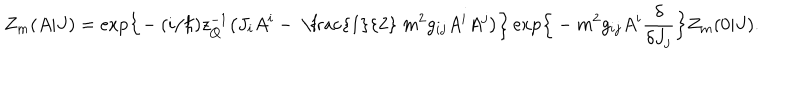
Z _ { m } ( A | J ) = \mathrm { e x p } \Bigr \{ \! - ( i / \hbar ) z _ { Q } ^ { - 1 } \bigr ( J _ { i } A ^ { i } - \mathrm { ~ \frac { 1 } { 2 } ~ } m ^ { 2 } g _ { i j } A ^ { i } A ^ { j } \bigr ) \Bigr \} \, \mathrm { e x p } \Bigr \{ - m ^ { 2 } g _ { i j } A ^ { i } \frac { \delta } { \delta J _ { j } } \Bigr \} Z _ { m } ( 0 | J ) .